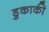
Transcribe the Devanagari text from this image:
डुकाकी